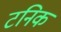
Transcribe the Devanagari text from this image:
टनिक